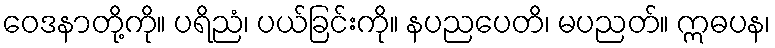
ဝေဒနာတို့ကို။ ပရိညံ၊ ပယ်ခြင်းကို။ နပညပေတိ၊ မပညတ်။ ဣဓပန၊